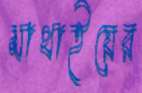
মাথাইয়ের